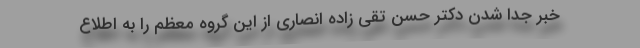
خبر جدا شدن دکتر حسن تقی زاده انصاری از این گروه معظم را به اطلاع